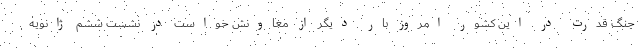
جنگ قدرت در این کشور امروز بار دیگر از معاونش خواست در نشست ششم ژانویه